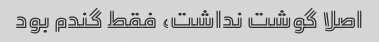
اصلا گوشت نداشت، فقط گندم بود